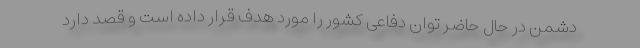
دشمن در حال حاضر توان دفاعی کشور را مورد هدف قرار داده است و قصد دارد